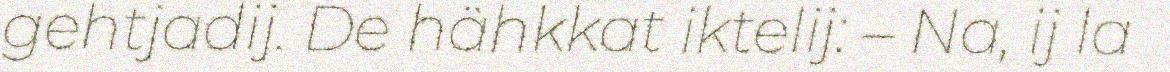
gehtjadij. De hähkkat iktelij: – Na, ij la